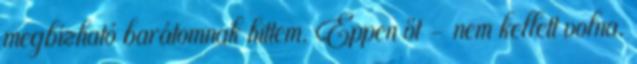
megbízható barátomnak hittem. Éppen őt – nem kellett volna.